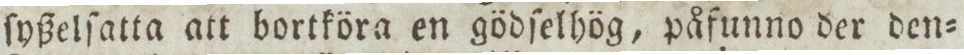
ſyßelſatta att bortköra en gödſelhög, påfunno der den=